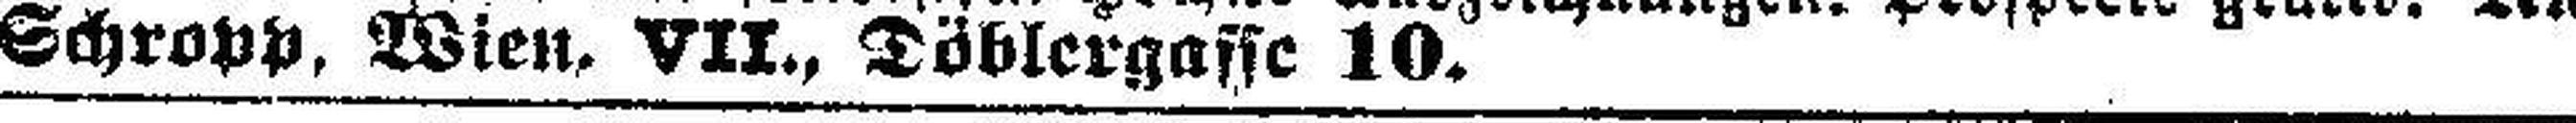
Schropp, Wien. VII., Döblergasse 10.